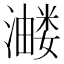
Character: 𭳂